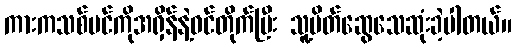
ကားကသစ်ပင်ကိုအရှိန်နဲ့ဝင်တိုက်ပြီး သူ့မိတ်ဆွေသေဆုံးခဲ့ပါတယ်။